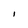
Character: I